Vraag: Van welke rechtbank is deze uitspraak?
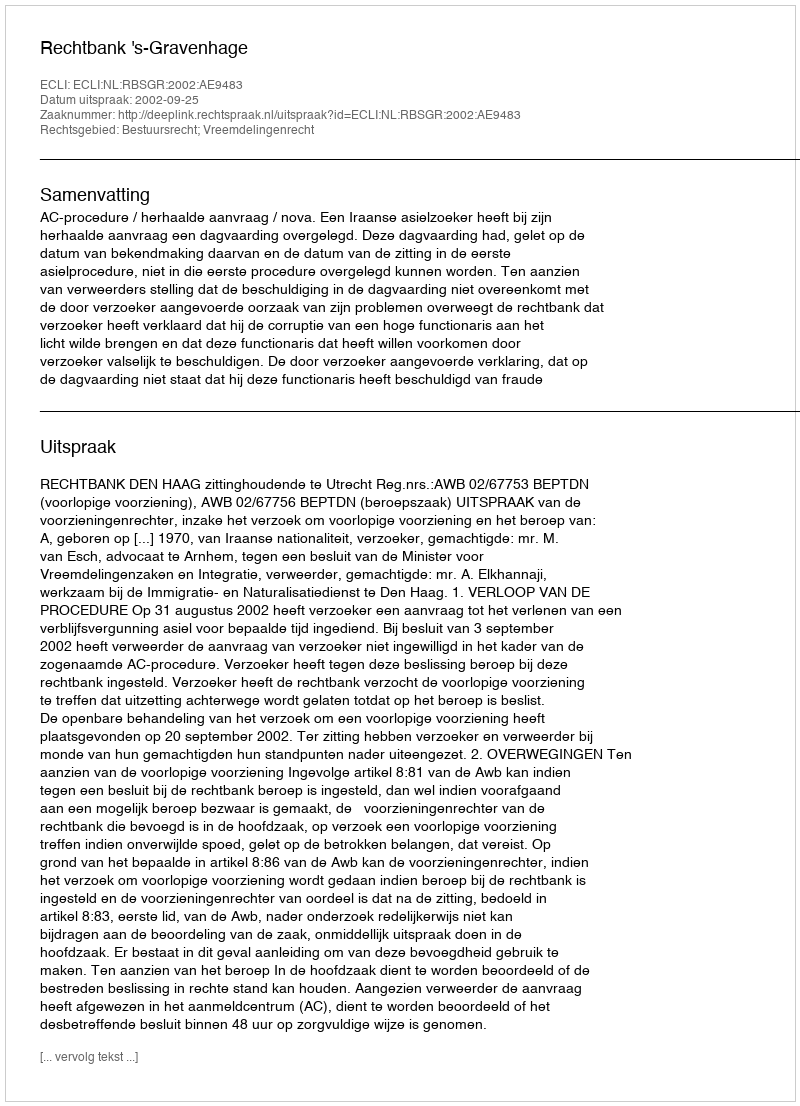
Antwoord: Rechtbank 's-Gravenhage